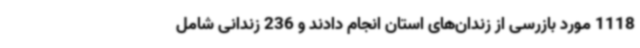
1118 مورد بازرسی از زندان‌های استان انجام دادند و 236 زندانی شامل